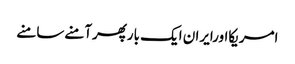
امریکااورایران ایک بارپھرآمنےسامنے